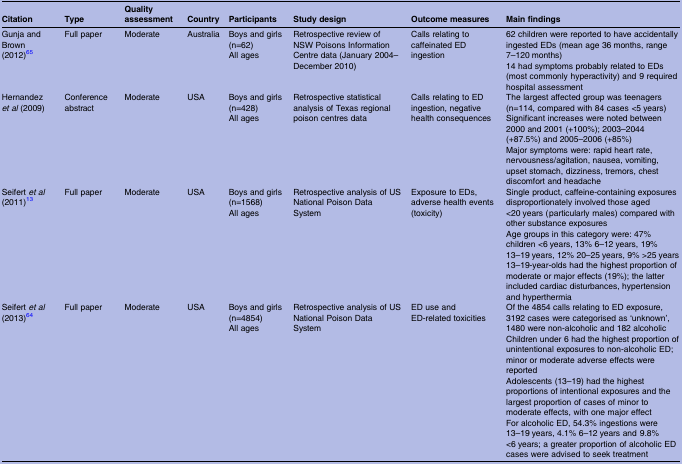
<table><thead><tr><td><b>Citation</b></td><td><b>Type</b></td><td><b>Quality assessment</b></td><td><b>Country</b></td><td><b>Participants</b></td><td><b>Study design</b></td><td><b>Outcome measures</b></td><td><b>Main findings</b></td></tr></thead><tbody><tr><td>Gunja and Brown (2012)65</td><td>Full paper</td><td>Moderate</td><td>Australia</td><td>Boys and girls (n=62)All ages</td><td>Retrospective review of NSW Poisons Information Centre data (January 2004–December 2010)</td><td>Calls relating to caffeinated ED ingestion</td><td>62 children were reported to have accidentally ingested EDs (mean age 36 months, range 7–120 months)14 had symptoms probably related to EDs (most commonly hyperactivity) and 9 required hospital assessment</td></tr><tr><td>Hernandez <i>et al</i> (2009)</td><td>Conference abstract</td><td>Moderate</td><td>USA</td><td>Boys and girls (n=428)All ages</td><td>Retrospective statistical analysis of Texas regional poison centres data</td><td>Calls relating to ED ingestion, negative health consequences</td><td>The largest affected group was teenagers (n=114, compared with 84 cases &lt;5 years)Significant increases were noted between 2000 and 2001 (+100%); 2003–2044 (+87.5%) and 2005–2006 (+85%)Major symptoms were: rapid heart rate, nervousness/agitation, nausea, vomiting, upset stomach, dizziness, tremors, chest discomfort and headache</td></tr><tr><td>Seifert <i>et al</i> (2011)13</td><td>Full paper</td><td>Moderate</td><td>USA</td><td>Boys and girls (n=1568)All ages</td><td>Retrospective analysis of US National Poison Data System</td><td>Exposure to EDs, adverse health events (toxicity)</td><td>Single product, caffeine-containing exposures disproportionately involved those aged &lt;20 years (particularly males) compared with other substance exposuresAge groups in this category were: 47% children &lt;6 years, 13% 6–12 years, 19% 13–19 years, 12% 20–25 years, 9% &gt;25 years13–19-year-olds had the highest proportion of moderate or major effects (19%); the latter included cardiac disturbances, hypertension and hyperthermia</td></tr><tr><td>Seifert <i>et al</i> (2013)64</td><td>Full paper</td><td>Moderate</td><td>USA</td><td>Boys and girls (n=4854)All ages</td><td>Retrospective analysis of US National Poison Data System</td><td>ED use and ED-related toxicities</td><td>Of the 4854 calls relating to ED exposure, 3192 cases were categorised as ‘unknown’, 1480 were non-alcoholic and 182 alcoholicChildren under 6 had the highest proportion of unintentional exposures to non-alcoholic ED; minor or moderate adverse effects were reportedAdolescents (13–19) had the highest proportions of intentional exposures and the largest proportion of cases of minor to moderate effects, with one major effectFor alcoholic ED, 54.3% ingestions were 13–19 years, 4.1% 6–12 years and 9.8% &lt;6 years; a greater proportion of alcoholic ED cases were advised to seek treatment</td></tr></tbody></table>